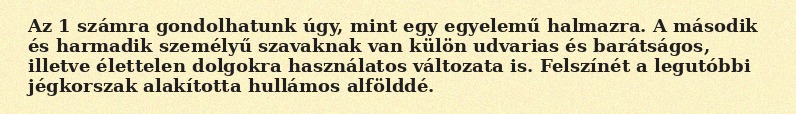
Az 1 számra gondolhatunk úgy, mint egy egyelemű halmazra. A második és harmadik személyű szavaknak van külön udvarias és barátságos, illetve élettelen dolgokra használatos változata is. Felszínét a legutóbbi jégkorszak alakította hullámos alfölddé.